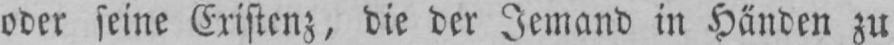
oder seine Existenz, die der Jemand in Händen zu